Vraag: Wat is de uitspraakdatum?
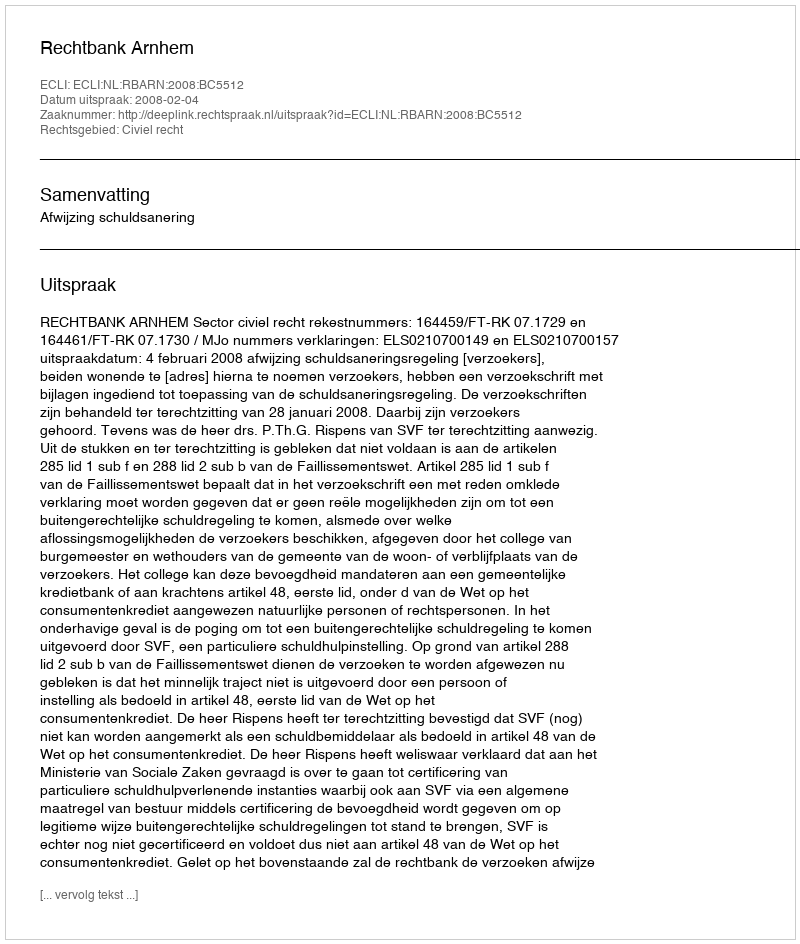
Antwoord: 2008-02-04